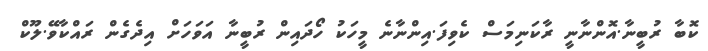
ކޮބާ ރުބީނާ.އޮންނާނީ ރާކަނިމަސް ކެވިފަ.އިންނާނެ މީހަކު ހޯދައިން ރުބީނާ އަވަހަށް އިދެގެން ރައްކާވޭ.ލޫކް